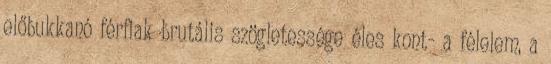
előbukkanó férfiak brutális szögletessége éles kont- a félelem, a